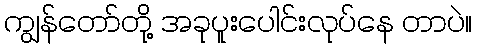
ကျွန်တော်တို့ အခုပူးပေါင်းလုပ်နေ တာပဲ။